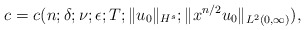
\begin{align*}c = c(n; \delta; \nu; \epsilon; T; \|u_0\|_{H^s}; \|x^{n/2}u_0\|_{L^2(0,\infty)}),\end{align*}